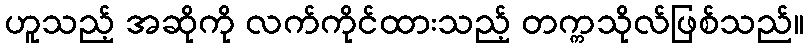
ဟူသည့် အဆိုကို လက်ကိုင်ထားသည့် တက္ကသိုလ်ဖြစ်သည်။